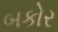
બકોર